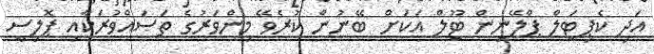
އަދި ކެޕިޓަލް ޕްލޭނިން ޓޫލް އަކަށް ބޭނުން ކުރެވޭ މިންވަރުގެ ތަޞައްވުރަކާއި ޕޮލިސީ